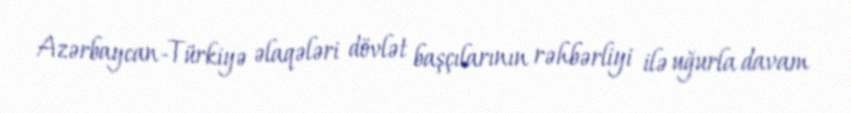
Azərbaycan-Türkiyə əlaqələri dövlət başçılarının rəhbərliyi ilə uğurla davam